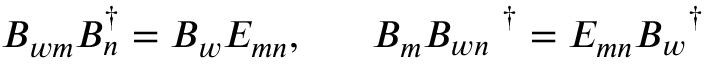
B _ { w m } B _ { n } ^ { \dagger } = B _ { w } E _ { m n } , \; \; \; \; \; \; B _ { m } B _ { w n } ^ { \; \; \; \; \; \; \dagger } = E _ { m n } B _ { w } ^ { \; \; \; \dagger }